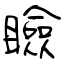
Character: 瞼